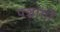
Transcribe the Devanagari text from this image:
पञ्चांगाें